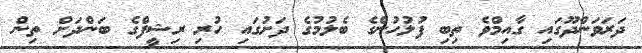
ދަރަވަންދޫގައި ގާއިމްވެ ތިބި ފުލުހުންގެ ބެލުމުގެ ދަށުގައި ހުރި ރިޝީފްގެ ބަންދަށް ތިން